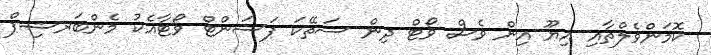
ކޮމަންވެލްތާއި އިޔޫ އިން ވެސް ވޯޓް ދިން ސަތޭކަ ޕަސަންޓް ވޯޓާއެކު މެންބަރޝިޕް